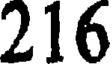
216